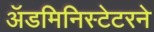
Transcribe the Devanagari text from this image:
ॲडमिनिस्टेटरने